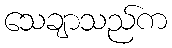
သေချာသည်က